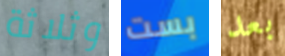
وثلاثة بست بعد